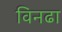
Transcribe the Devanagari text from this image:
विनढा